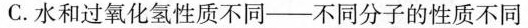
C.水和过氧化氢性质不同——不同分子的性质不同